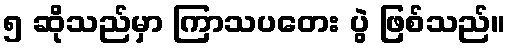
၅ ဆိုသည်မှာ ကြာသပတေး ပွဲ ဖြစ်သည်။